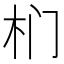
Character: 𭩛